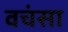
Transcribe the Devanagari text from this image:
वचंसा